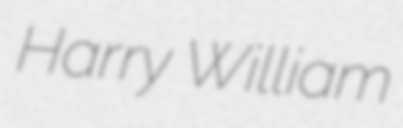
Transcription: Harry William